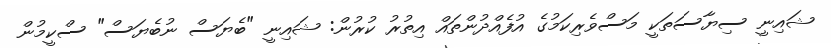
ޝައިނީ ސިޔާސަތަކީ މަސްވެރިކަމުގެ އުފެއްދުންތައް އިތުރު ކުރުން: ޝައިނީ "ބެޔަސް ނުބެޔަސް" ސްކީމުން